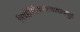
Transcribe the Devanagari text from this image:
निवहैरिहैकमत्याद्यददुष्टं